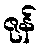
ဇုန်